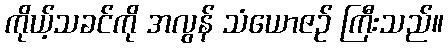
ကိုယ့်သခင်ကို အလွန် သံယောဇဉ် ကြီးသည်။